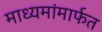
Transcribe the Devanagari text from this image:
माध्यमांमार्फत